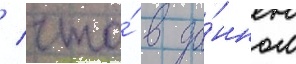
/ что́ в да́нном